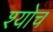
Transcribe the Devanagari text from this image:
श्योच